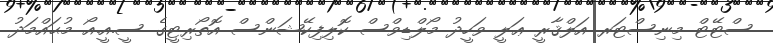
ސްޓޭޓް މިނިސްޓަރ އަލްޤާރީ ޢަލީ ވަހީދު މޯލްޑިވްސް ކޮލިފިކޭޝަންސް އޮތޯރިޓީގެ ސީ.އީ.އޯ މުޙައްމަދު